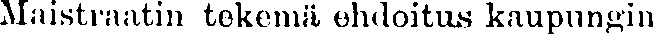
Maistraatin tekemä ehdoitus kaupungin